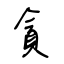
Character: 貪